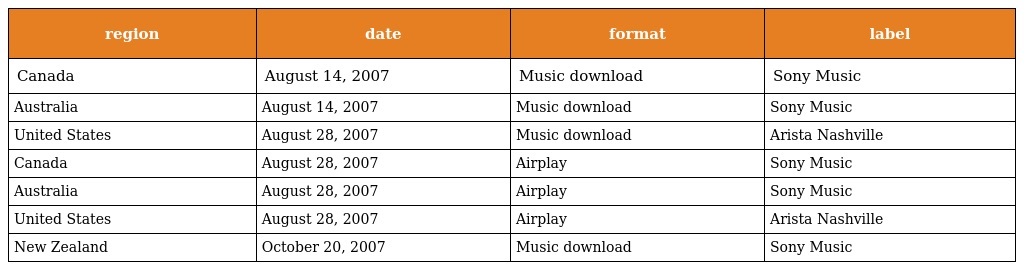
| region | date | format | label |
 | --- | --- | --- | --- |
 | Canada | August 14, 2007 | Music download | Sony Music |
 | Australia | August 14, 2007 | Music download | Sony Music |
 | United States | August 28, 2007 | Music download | Arista Nashville |
 | Canada | August 28, 2007 | Airplay | Sony Music |
 | Australia | August 28, 2007 | Airplay | Sony Music |
 | United States | August 28, 2007 | Airplay | Arista Nashville |
 | New Zealand | October 20, 2007 | Music download | Sony Music |